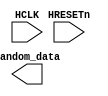
`timescale 1ns / 1ps
//////////////////////////////////////////////////////////////////////////////////
// Company: 
// Engineer: 
// 
// Design Name: 
// Module Name: LFSR
// Project Name: 
// Target Devices: 
// Tool Versions: 
// Description: 
// 
// Dependencies: 
// 
// Revision:
// Revision 0.01 - File Created
// Additional Comments:
// 
//////////////////////////////////////////////////////////////////////////////////


module LFSR(
    input HCLK,
    input HRESETn,
    output reg[9:0] random_data
    );
    
    reg[9:0] Q, D;
    
    always @(posedge HCLK or negedge HRESETn) begin
        if(~HRESETn)
            D <= 10'd512;
        else 
            Q <= D; 
    end
    
    always @(*) begin
        D[0] <= Q[9]^Q[4]^Q[5];
        D[1] <= Q[0];
        D[2] <= Q[1];
        D[3] <= Q[2];
        D[4] <= Q[3];
        D[5] <= Q[4];
        D[6] <= Q[5];
        D[7] <= Q[6];
        D[8] <= Q[7];
        D[9] <= Q[8];
    end
    
    
endmodule